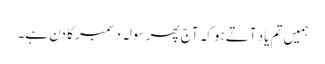
ہمیں تم یاد آتےہو کہ آج پھر سولہ دسمبر کا دن ہے۔